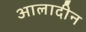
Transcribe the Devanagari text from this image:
आलादीन